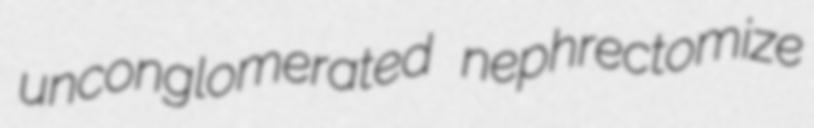
unconglomerated nephrectomize